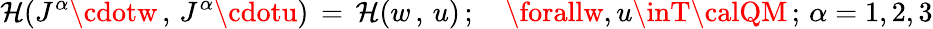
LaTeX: \mathcal{H}(J^{\alpha}\cdotw\, ,\, J^{\alpha}\cdotu)\, =\, \mathcal{H}(w\, ,\, u)\, ;\quad\forallw,u\inT{\calQM}\, ;\, \alpha=1,2,3